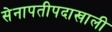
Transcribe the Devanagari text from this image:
सेनापतीपदाखाली